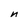
Character: n